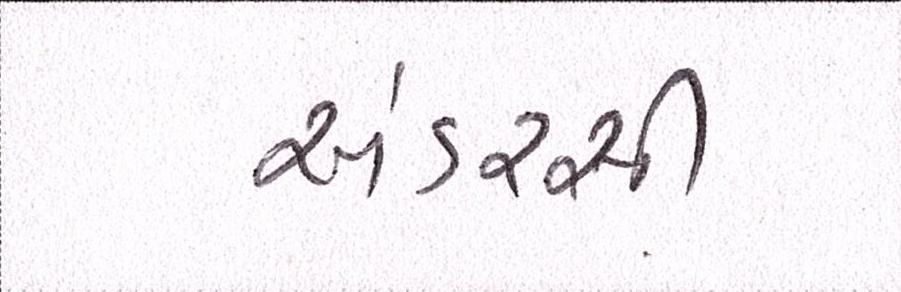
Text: અંડરસી